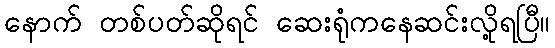
နောက် တစ်ပတ်ဆိုရင် ဆေးရုံကနေဆင်းလို့ရပြီ။